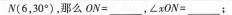
N（6,30），那么ON=___，xon=___；